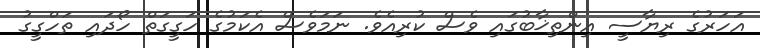
އަހަރުގެ ރިޔާސީ އިންތިޚާބުގައި ވެސް ކުރިއެވެ. ނަމަވެސް އެކަމުގެ ހަގީގަތް ހޯދައި ތަހްގީގު